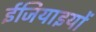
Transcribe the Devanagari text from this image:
ईजियाइयों